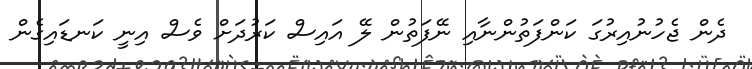
ދެން ޖެހުނުއިރުގަ ކަންފަތުންނާއި ނޭފަތުން ލޭ އައިސް ކަރުދަށް ވެސް އިނީ ކަނޑައިގެން